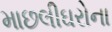
માછલીઘરોના